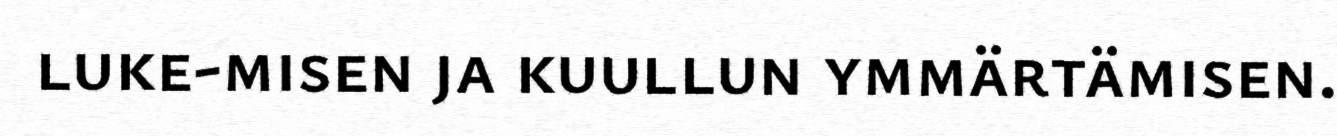
luke-misen ja kuullun ymmärtämisen.